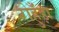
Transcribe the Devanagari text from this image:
रोहुँड़ा